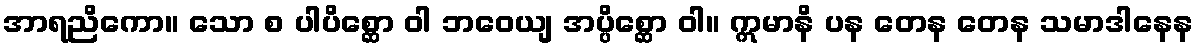
အာရညိကော။ သော စ ပါပိစ္ဆော ဝါ ဘဝေယျ အပ္ပိစ္ဆော ဝါ။ ဣမာနိ ပန တေန တေန သမာဒါနေန